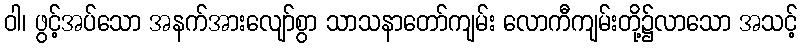
ဝါ၊ ဖွင့်အပ်သော အနက်အားလျော်စွာ သာသနာတော်ကျမ်း လောကီကျမ်းတို့၌လာသော အသင့်